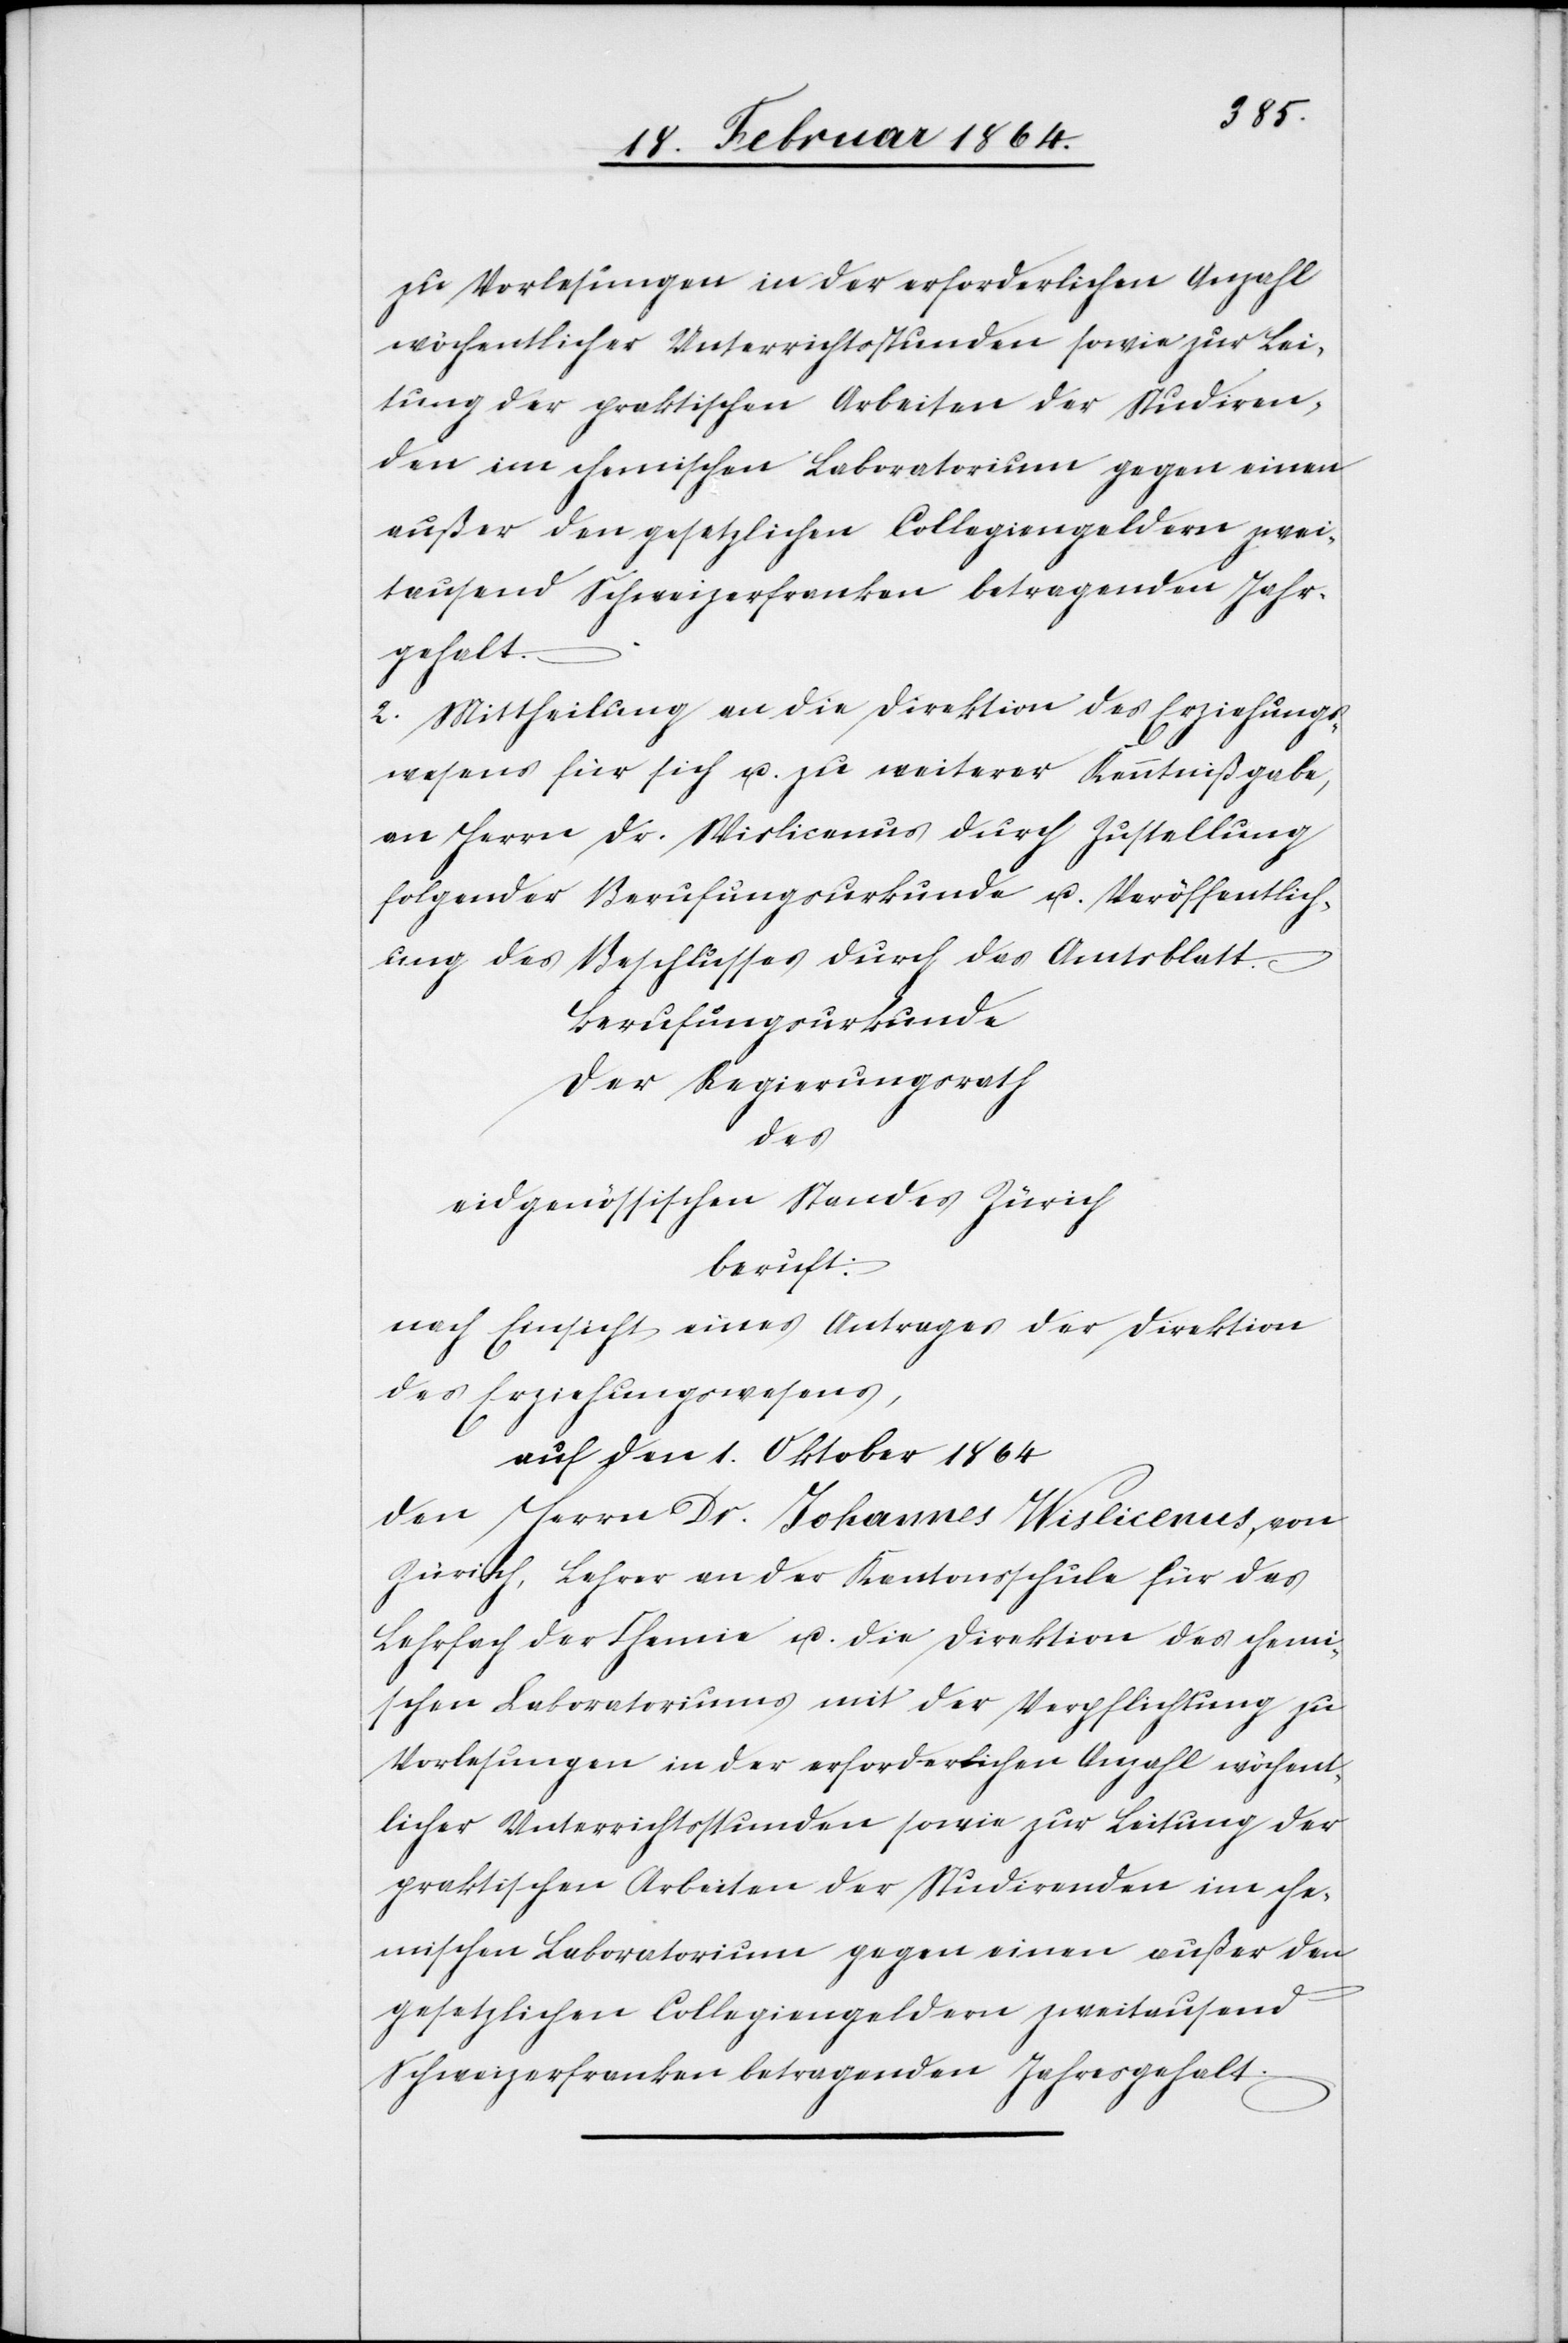
2. Mittheilung an die Direktion des Erziehungs¬
wesens für sich u. zu weiterer Kenntnißgabe,
an Herrn Dr. Wislicenus durch Zustellung
folgender Berufungsurkunde u. Veröffentlich¬
ung des Beschlusses durch das Amtsblatt.
Berufungsurkunde
Der Regierungsrath
des
eidgenössischen Standes Zürich
beruft:
nach Einsicht eines Antrages der Direktion
des Erziehungswesens,
auf den 1. Oktober 1864
den Herrn Dr. Johannes Wislicenus, von
Zürich, Lehrer an der Kantonsschule für das
Lehrfach der Chemie u. die Direktion des chemi¬
schen Laboratoriums mit der Verpflichtung zu
Vorlesungen in der erforderlichen Anzahl wöchent¬
licher Unterrichtsstunden sowie zur Leitung der
praktischen Arbeiten der Studierenden im che¬
mischen Laboratorium gegen einen außer den
gesetzlichen Collegiengeldern zweitausend
Schweizerfranken betragenden Jahresgehalt.